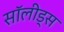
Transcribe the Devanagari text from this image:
सॉलीड्स